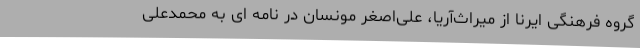
گروه فرهنگی ایرنا از میراث‌آریا، علی‌اصغر مونسان در نامه ای به محمدعلی